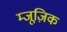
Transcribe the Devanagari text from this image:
म्जूज़िक